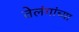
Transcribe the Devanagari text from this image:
तेलंगांच्या